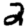
Digit: 2